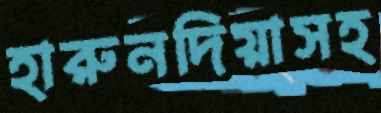
হারুনদিয়াসহ